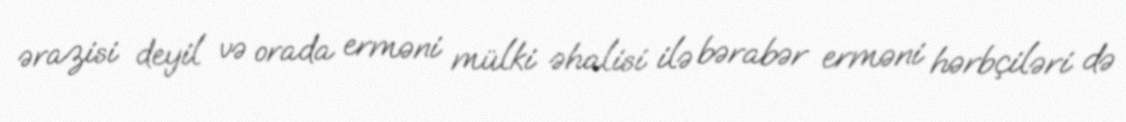
ərazisi deyil və orada erməni mülki əhalisi ilə bərabər erməni hərbçiləri də